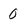
Character: 0